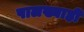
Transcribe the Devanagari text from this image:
पालख्याही